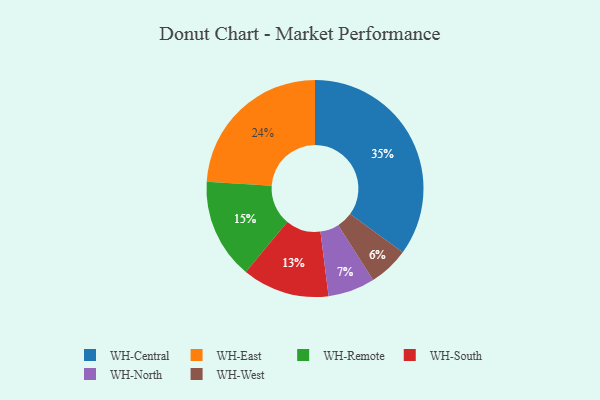
{"axis": {"x": "Category", "y": "Percentage"}, "legend": ["WH-Central", "WH-East", "WH-North", "WH-Remote", "WH-South", "WH-West"], "data": [{"x": "WH-North", "y": 7, "type": "WH-North"}, {"x": "WH-South", "y": 13, "type": "WH-South"}, {"x": "WH-Central", "y": 35, "type": "WH-Central"}, {"x": "WH-West", "y": 6, "type": "WH-West"}, {"x": "WH-Remote", "y": 15, "type": "WH-Remote"}, {"x": "WH-East", "y": 24, "type": "WH-East"}]}